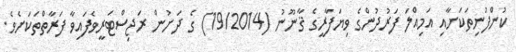
ކުންފުނިތަކަށާއި އަމިއްލަ ފަރުދުންގެ ވިޔަފާރީގެ ޤާނޫނު (19/2014) ގެ ދަށުން ރަޖިސްޓަރީވެފައިވާ ފަރާތްތަކަށެވެ.